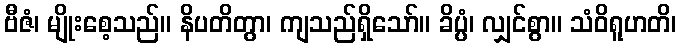
ဗီဇံ၊ မျိုးစေ့သည်။ နိပတိတွာ၊ ကျသည်ရှိသော်။ ခိပ္ပံ၊ လျှင်စွာ။ သံဝိရူဟတိ၊